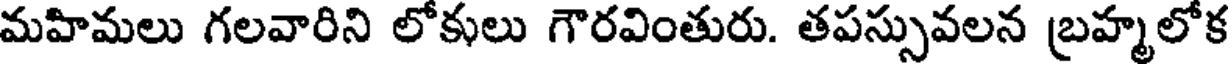
మహిమలు గలవారిని లోకులు గౌరవింతురు. తపస్సువలన బ్రహ్మలోక